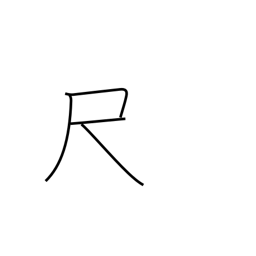
Meaning: scale